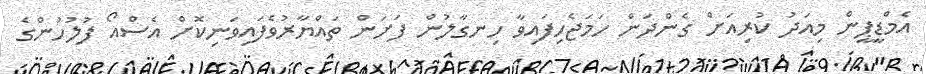
އެމްޑީޕީން މިއަދު ކުރިއަށް ގެންދަން ހަމަޖެހިފައިވާ ހިނގާލުން ފަށަން ތައްޔާރުވެފައިވަނިކޮށް އެސްއޯ ފުލުހުންގެ